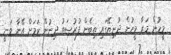
މީހުން މަރާ މީހުން ދުނިޔޭގައި ތިބެން ފުރުޞަތު ދިނުން ކަމަށް އޭނާ ވަނީ